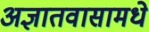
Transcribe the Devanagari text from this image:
अज्ञातवासामधे